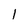
Character: 1